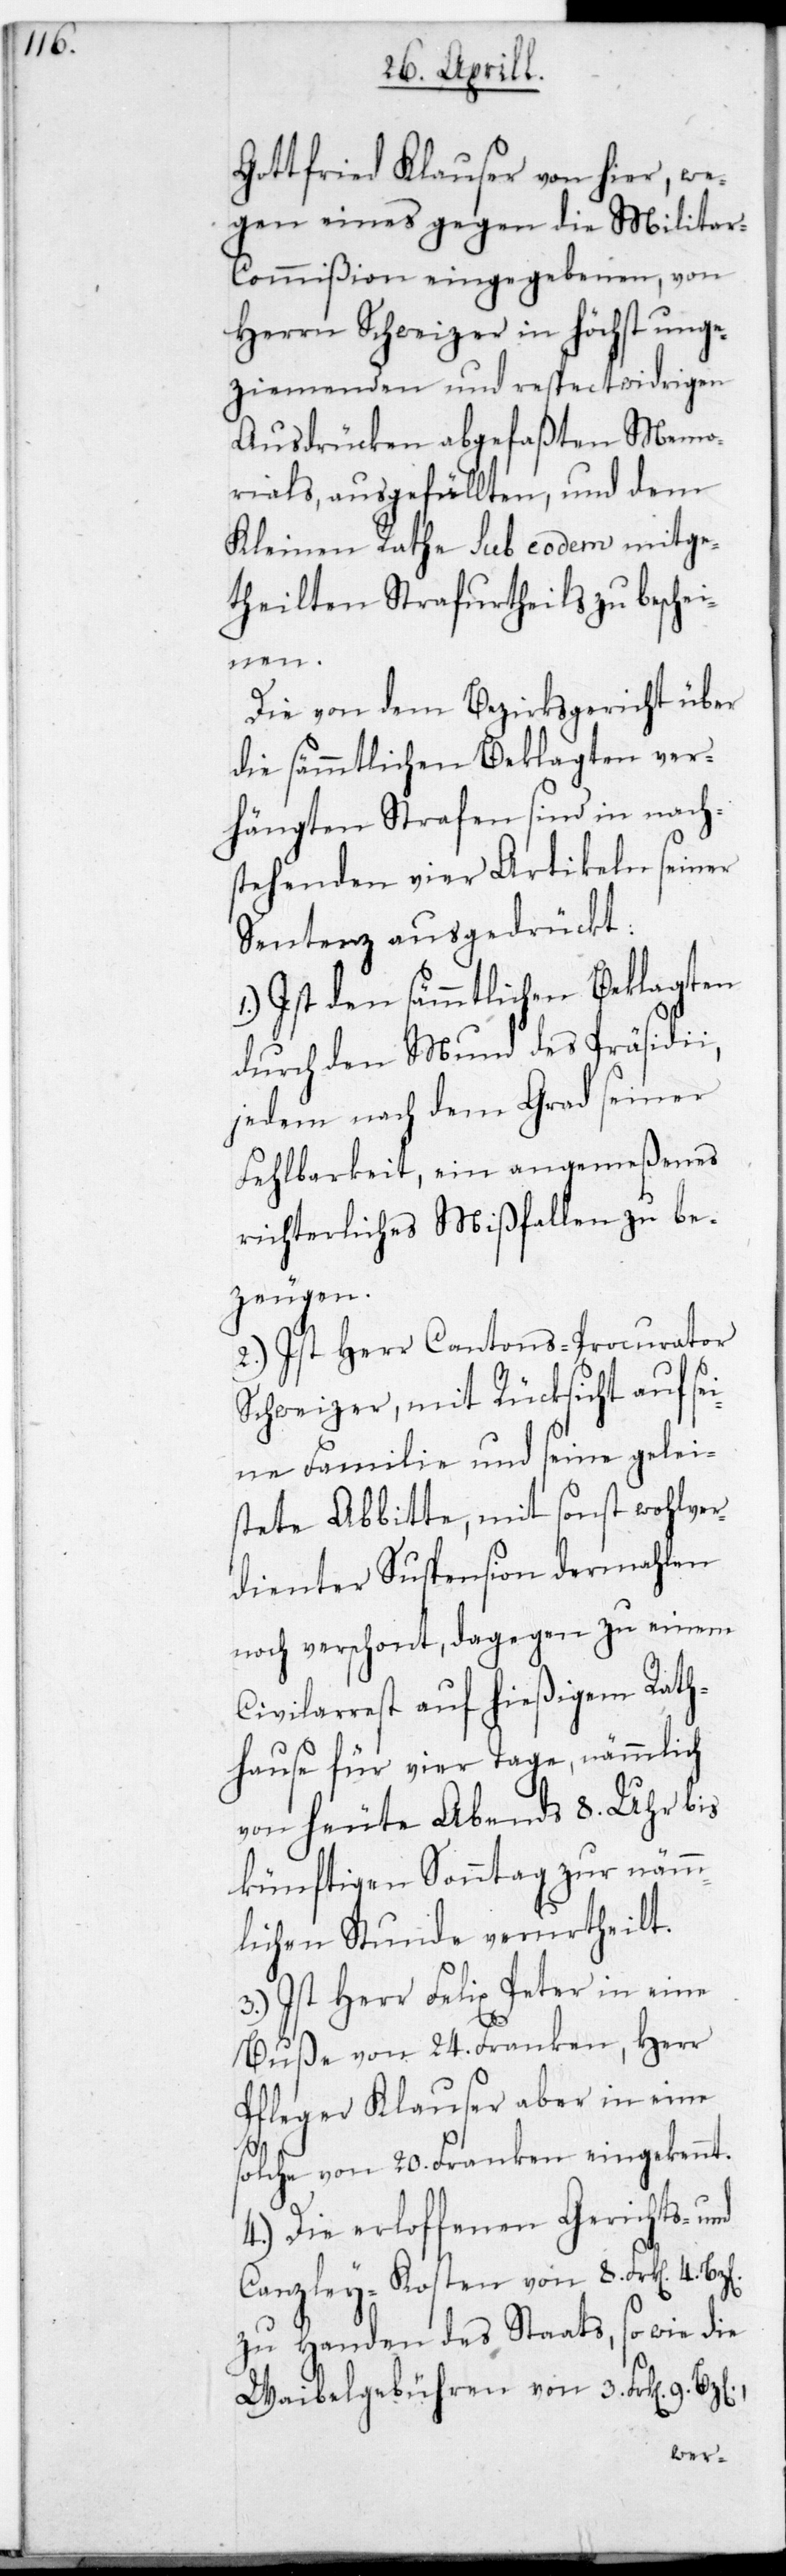
Gottfried Klauser von hier, we¬
gen eines gegen die Milita¬
r-Commißion eingegebenen, von
Herrn Schweizer in höchst unge¬
ziemenden und respectwidrigen
Ausdrücken abgefaßten Memo¬
rials, ausgefällten, und dem
Kleinen Rathe sub eodem mitge¬
theilten Strafurtheils zu beschei¬
nen.
Die von dem Bezirksgericht über
die sämmtlichen Beklagten ver¬
hängten Strafen sind in nach¬
stehenden vier Artikeln seiner
Sentenz ausgedrückt.
1.) Ist den sämmtlichen Beklagten
durch den Mund des Präsidii,
jedem nach dem Grad seiner
Fehlbarkeit, ein angemeßenes
richterliches Mißfallen zu be¬
zeugen.
2.) Ist Herr Cantons-Procurator
Schweizer, mit Rücksicht auf sei¬
ne Familie und seine gelei¬
stete Abbitte, mit sonst wohlver¬
dienter Suspension dermahlen
noch verschont, dagegen zu einem
Civilarrest auf hießigem Rat¬
hause für vier Tage, nämmlich
von heute Abends 8. Uhr bis
künftigen Sonntag zur nämm¬
lichen Stunde verurtheilt.
3.) Ist Herr Felix Peter in eine
Buße von 24. Franken, Herr
Pfleger Klauser aber in eine
solche von 20. Franken eingekennt.
4.) Die erloffenen Gerichts- und
Canzley-Kosten von 8. Franken 4.
zu Handen des Staats, sowie die
Waibelgebühren von 3. Frk[en]. 9.